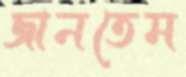
জানতেম